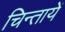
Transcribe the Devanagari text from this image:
चिन्तायें